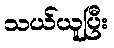
သယ်ယူပြီး